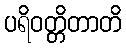
ပရိဝတ္တိတာတိ